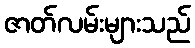
ဇာတ်လမ်းများသည်